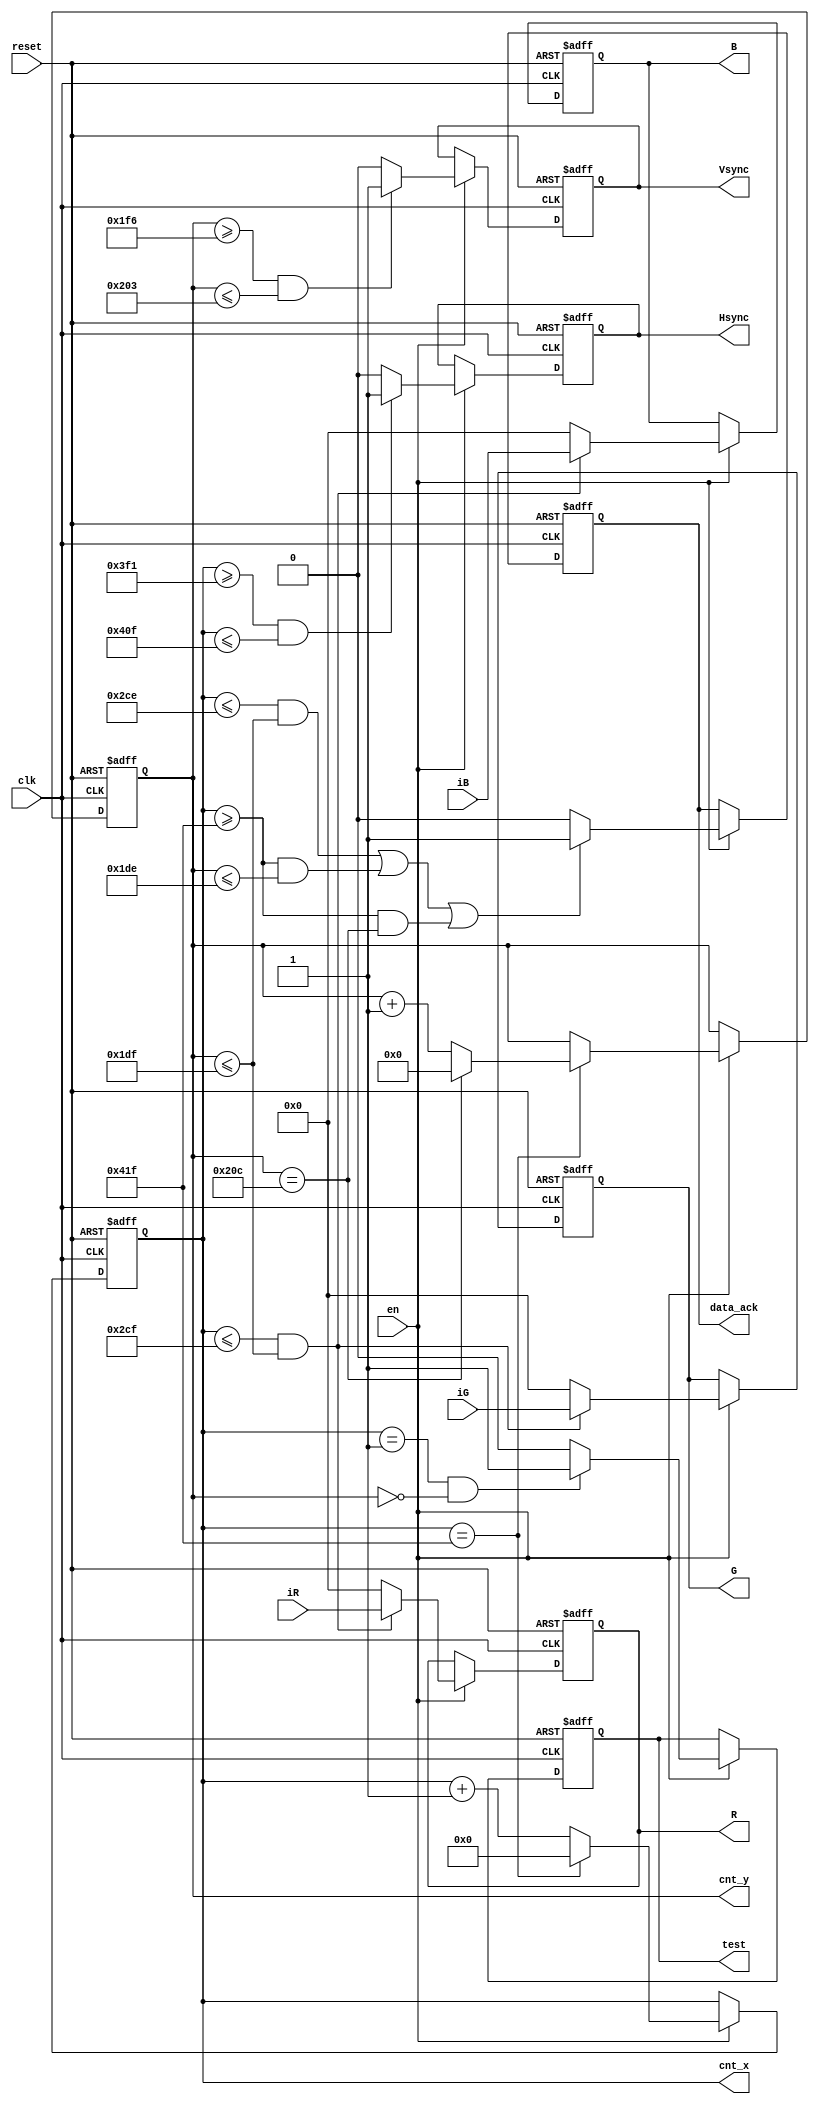
module MTL_VGA_SYNC(
	input wire clk,
	input wire reset,		
	input wire [7:0]iR,
	input wire [7:0]iG,	
	input wire [7:0]iB,	
	input wire en,
	
	output reg [10:0]cnt_x,
	output reg [9:0]cnt_y,
	output reg Hsync,
	output reg Vsync,
	output reg [7:0]R,
	output reg [7:0]G,	
	output reg [7:0]B,	
	output reg data_ack,
	output reg test
	);

reg [16:0]cnt = 0;	

always @(posedge clk or posedge reset)

	if(reset) 
	begin	
		cnt_x <= 11'd0;
		cnt_y <= 10'd0;
		Hsync <= 0;
		Vsync <= 0;
		R <= 0;
		G <= 0;
		B <= 0;
		data_ack <= 1;
		test <= 0;
	end 
	else if(en == 1) 
	begin
	
		test <= 0;
		if((cnt_x == 1)&&(cnt_y == 0))
		begin
			test <= 1;
		end
	
		// VGA GENERATOR
		cnt_x <= cnt_x + 1'd1;
		
		if(cnt_x == 11'd1055)
		begin
			cnt_x <= 11'd0;				
			cnt_y <= cnt_y + 1'd1;
			
			if(cnt_y == 10'd524)
			begin
				cnt_y <= 10'd0;
			end				
		end
		
		if((cnt_x >= 11'd1009)&&(cnt_x <= 11'd1039))
			Hsync <= 1;
		else
			Hsync <= 0;				
			
		if((cnt_y >= 10'd502)&&(cnt_y <= 10'd515))
			
			Vsync <= 1;
		else
			Vsync <= 0;		
	//VGA GENERATOR END

	

		
		if((cnt_x <= 11'd719)&&(cnt_y <= 10'd479))
		begin			
			R <= iR;
			G <= iG;
			B <= iB;
		end
		else begin
			R <= 0;
			G <= 0;
			B <= 0;
		end
		
	

	
//		if( ((cnt_x <= 11'd718)&&(cnt_y <= 10'd239)) ||
//		 ((cnt_x >= 11'd1055)&&(cnt_y <= 10'd238)) ||
//		 ((cnt_x >= 11'd1055)&&(cnt_y == 10'd524)) )			 
//		begin	
//			data_ack <= 1;
//		end
//		else begin
//			data_ack <= 0;
//		end
		
		
		if( ((cnt_x <= 11'd718)&&(cnt_y <= 10'd479)) ||
		 ((cnt_x >= 11'd1055)&&(cnt_y <= 10'd478)) ||
		 ((cnt_x >= 11'd1055)&&(cnt_y == 10'd524)) )			 
		begin	
			data_ack <= 1;
		end
		else begin
			data_ack <= 0;
		end	

//		if( ((cnt_x <= 11'd718)&&(cnt_y <= 10'd239)) ||
//		 ((cnt_x >= 11'd1055)&&(cnt_y <= 10'd238)) ||
//		 ((cnt_x >= 11'd1055)&&(cnt_y == 10'd524)) )			 
//		begin	
//			data_ack <= 1;
//		end
//		else begin
//			data_ack <= 0;
//		end		
	
			
	end
endmodule